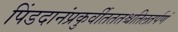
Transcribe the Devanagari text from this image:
पिंडदानंप्रकुर्वीतततश्चतिलतर्पणं